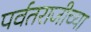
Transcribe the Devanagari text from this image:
पर्वतराजीच्या